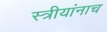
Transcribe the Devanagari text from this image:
स्त्रीयांनाच